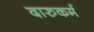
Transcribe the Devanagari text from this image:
दारुकर्म